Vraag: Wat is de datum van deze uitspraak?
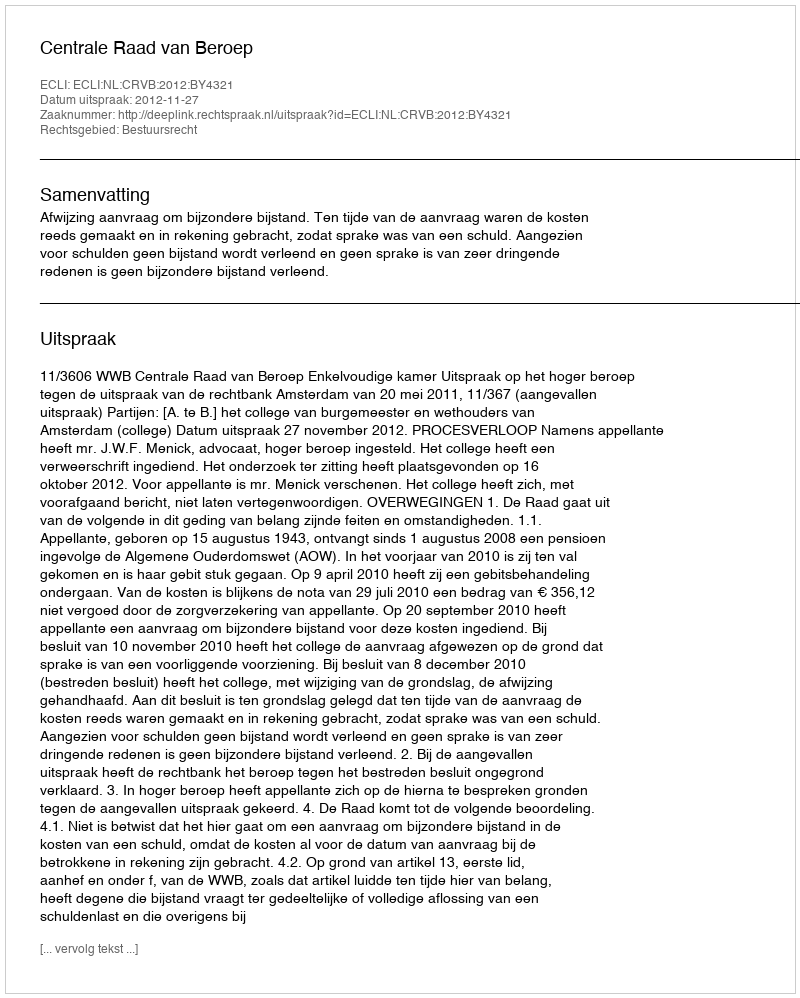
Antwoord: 2012-11-27